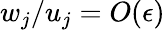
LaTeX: w_{j}/u_{j}=O(\epsilon)